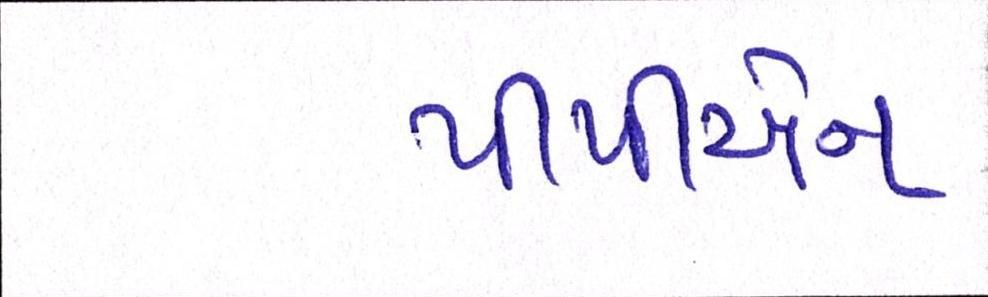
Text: પીપીએન